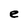
Character: e